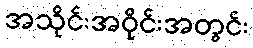
အသိုင်းအဝိုင်းအတွင်း